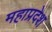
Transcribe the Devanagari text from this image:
महाप्रदेश